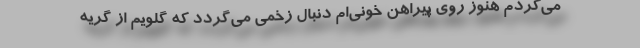
می‌کردم هنوز روی پیراهن خونی‌ام دنبال زخمی می‌گردد که گلویم از گریه